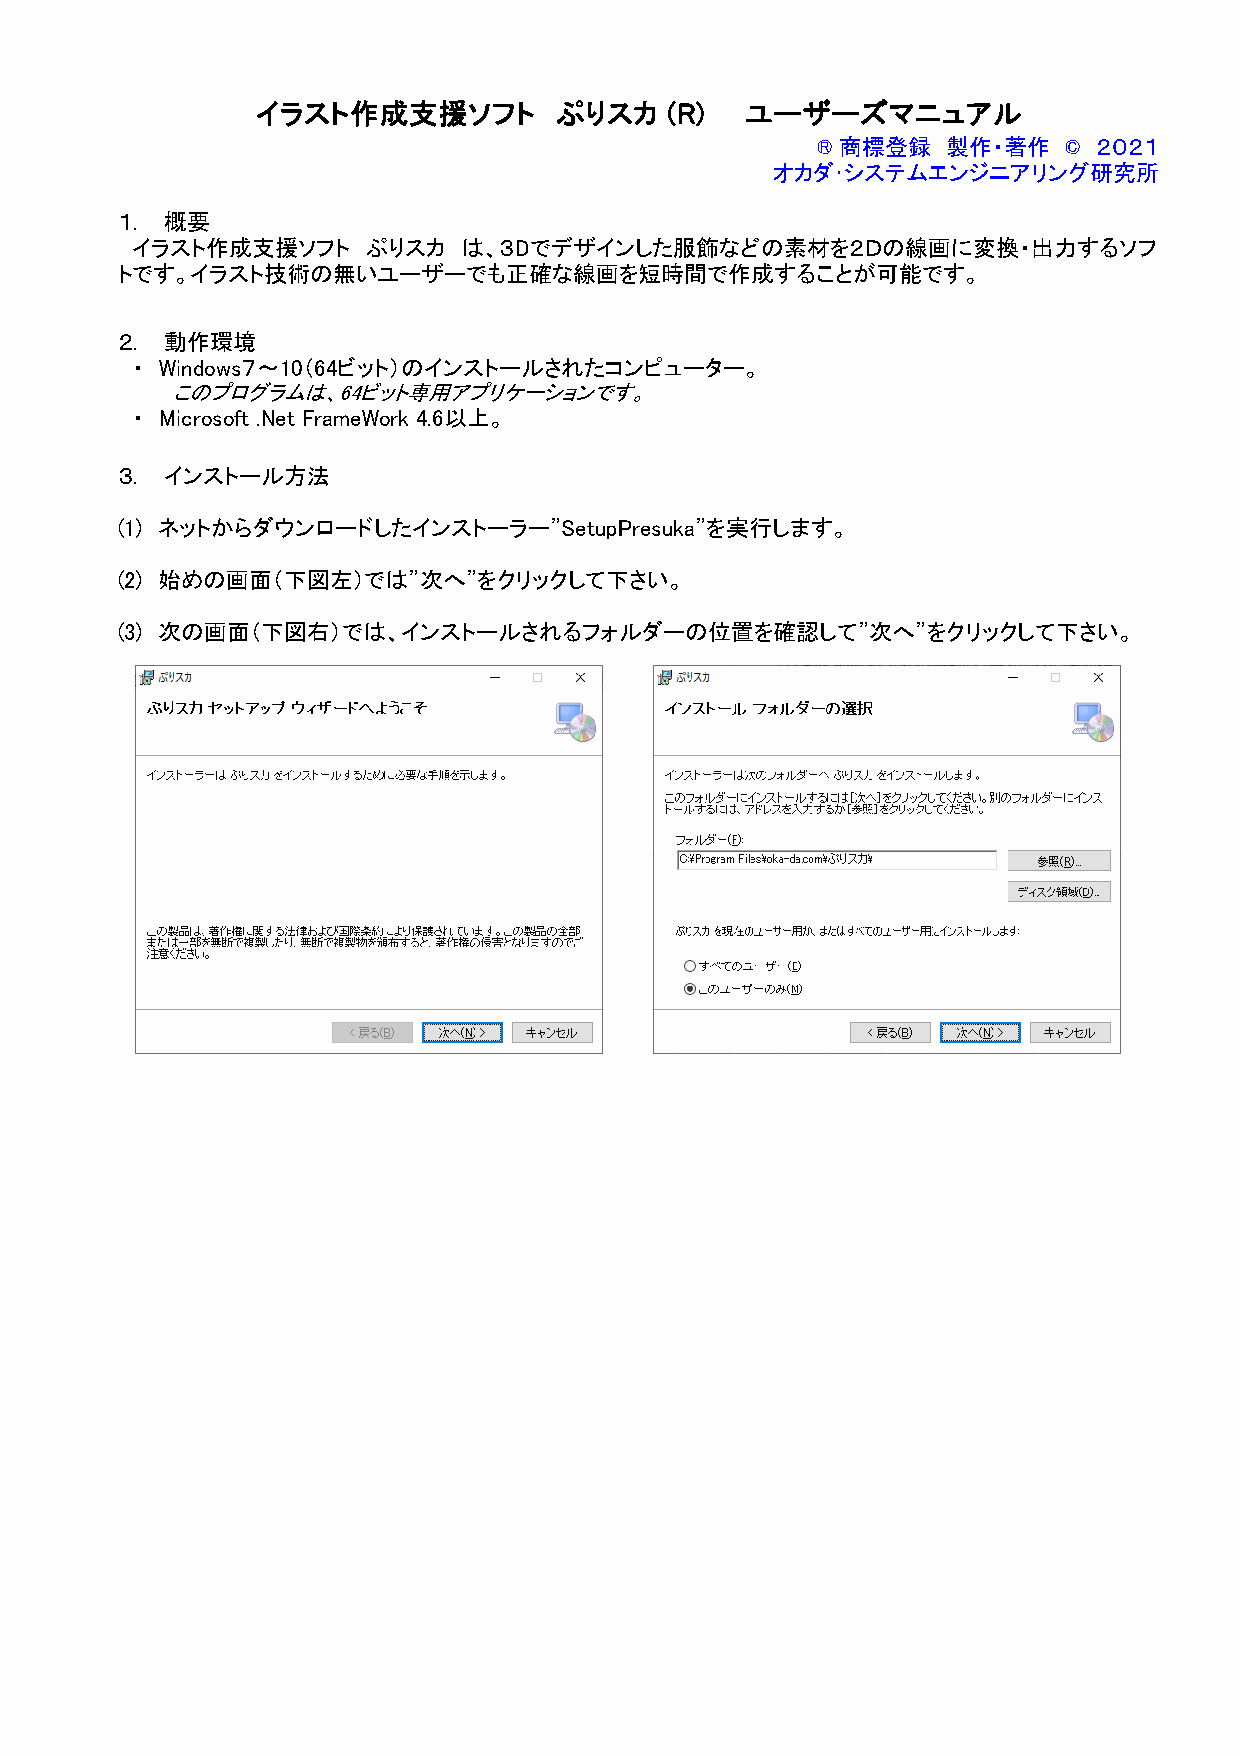
イラスト作成支援ソフト         ぷりスカ   (R)  ユーザーズマニュアル
 ® 商標登録   製作・著作   © ２０２１
 オカダ･システムエンジニアリング研究所
 １． 概要
 イラスト作成支援ソフト    ぷりスカ   は、３Dでデザインした服飾などの素材を２Ｄの線画に変換・出力するソフ
 トです。イラスト技術の無いユーザーでも正確な線画を短時間で作成することが可能です。
 ２． 動作環境
 ・ Windows７～10（64ビット）のインストールされたコンピューター。
 このプログラムは、64ビット専用アプリケーションです。
 ・ Microsoft .Net FrameWork 4.6以上。
 ３． インストール方法
 (1) ネットからダウンロードしたインストーラー”SetupPresuka”を実行します。
 (2) 始めの画面（下図左）では”次へ”をクリックして下さい。
 (3) 次の画面（下図右）では、インストールされるフォルダーの位置を確認して”次へ”をクリックして下さい。